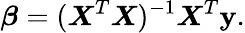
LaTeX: \boldsymbol{\beta}=(\boldsymbol{X}^{T}\boldsymbol{X})^{-1}\boldsymbol{X}^{T}\mathbf{y}.